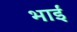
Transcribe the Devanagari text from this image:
भाईं